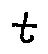
t